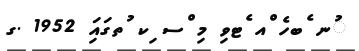
ުނ ެބހެ ްއ ެޓވި މި ްސ ިކ ުތގައިަ 1952 .ގ